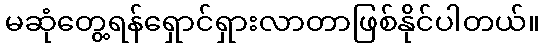
မဆုံတွေ့ရန်ရှောင်ရှားလာတာဖြစ်နိုင်ပါတယ်။